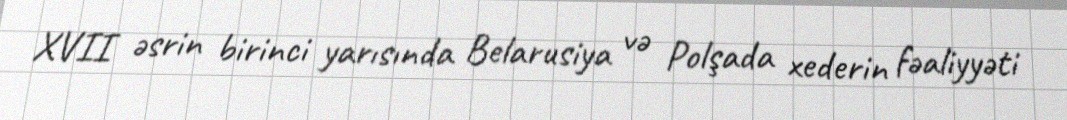
XVII əsrin birinci yarısında Belarusiya və Polşada xederin fəaliyyəti